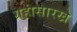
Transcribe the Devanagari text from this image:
ग्रहांसारखे